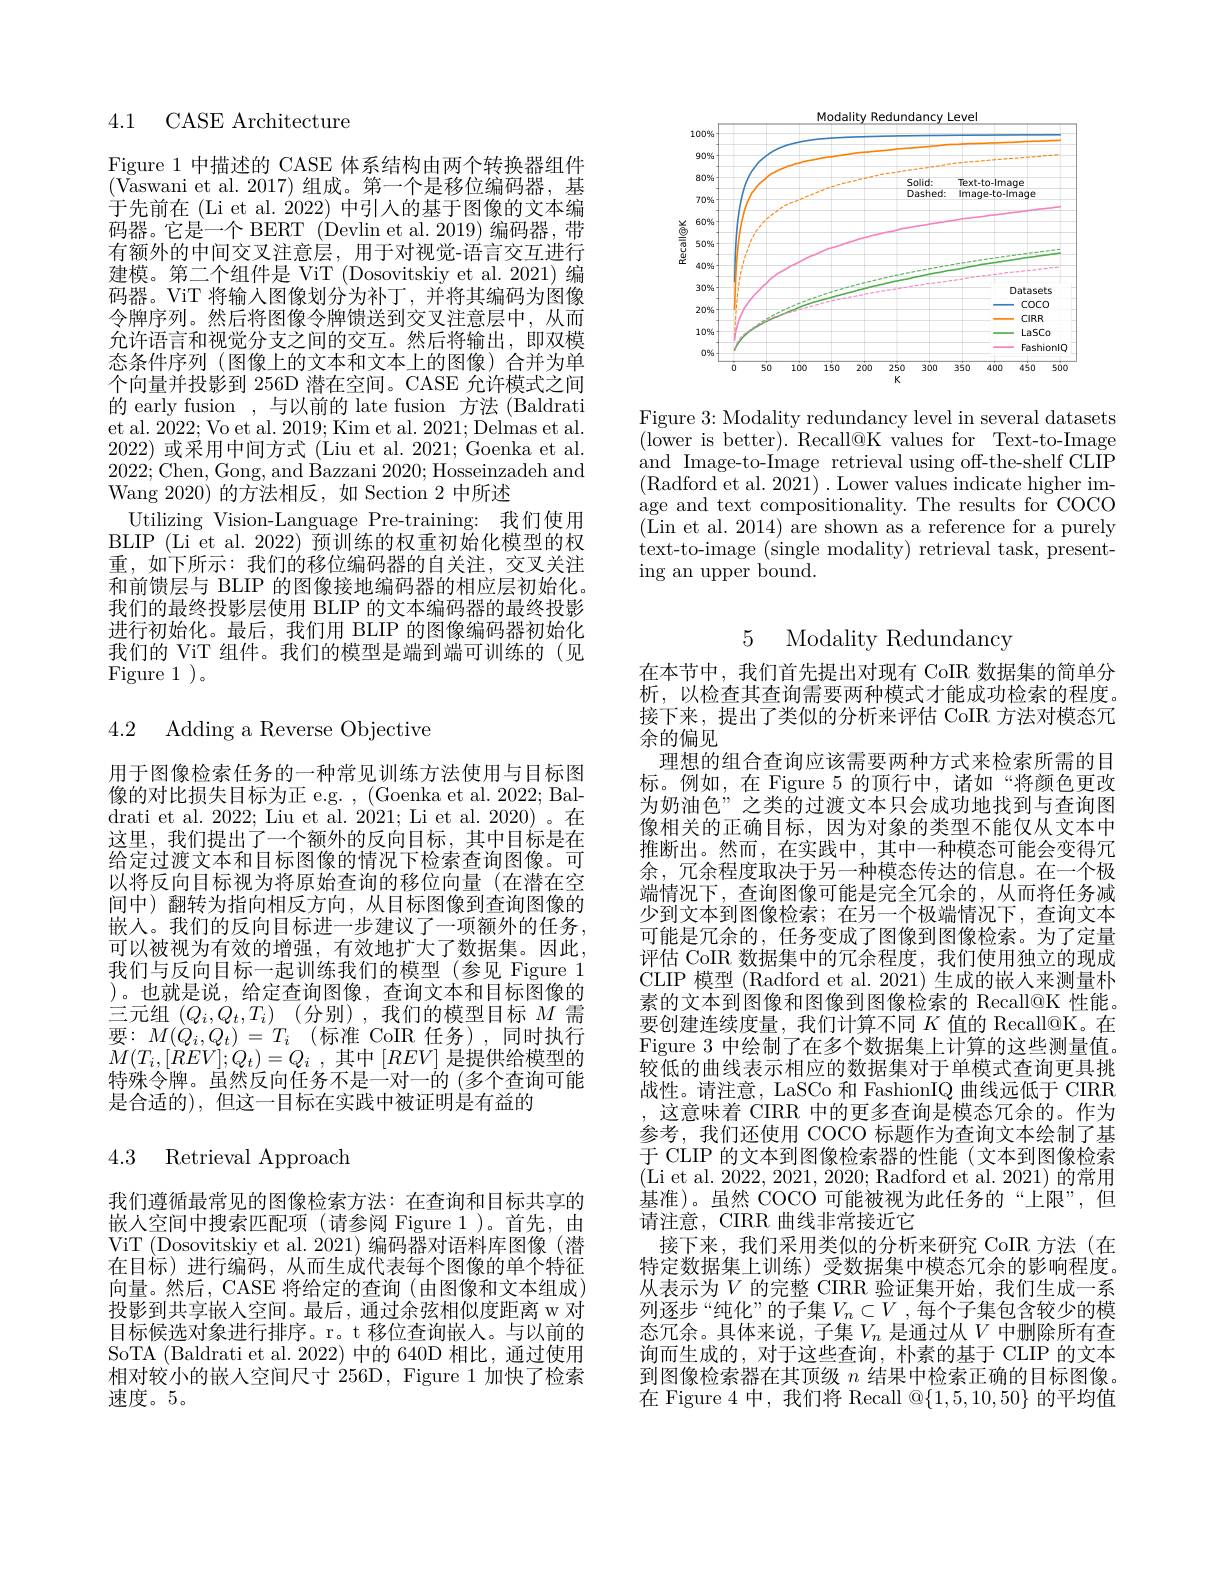
4.1 CASE Architecture

Figure 1 中描述的 CASE 体系结构由两个转换器组件(Vaswani et al. 2017) 组成。第一个是移位编码器，基于先前在 (Li et al. 2022) 中引入的基于图像的文本编码器。它是一个 BERT (Devlin et al. 2019) 编码器，带有额外的中间交叉注意层，用于对视觉-语言交互进行建模。第二个组件是 ViT (Dosovitskiy et al.2021)编码器。ViT 将输入图像划分为补丁，并将其编码为图像令牌序列。然后将图像令牌馈送到交叉注意层中，从而允许语言和视觉分支之间的交互。然后将输出，即双模态条件序列 (图像上的文本和文本上的图像)合并为单个向量并投影到 256D 潜在空间。CASE 允许模式之间的 early fusion ,与以前的 late fusion 方法 (Baldrati et al. 2022; Vo et al. 2019; Kim et al. 2021; Delmas et al. 2022)或采用中间方式 (Liu et al. 2021; Goenka et al. 2022;Chen, Gong, and Bazzani 2020;Hosseinzadeh and Wang 2020) 的方法相反，如 Section 2 中所述
Utilizing Vision-Language Pre-training: 我们使用BLIP (Li et al. 2022) 预训练的权重初始化模型的权重，如下所示：我们的移位编码器的自关注，交叉关注和前馈层与 BLIP 的图像接地编码器的相应层初始化。我们的最终投影层使用 BLIP 的文本编码器的最终投影进行初始化。最后，我们用 BLIP 的图像编码器初始化我们的 ViT 组件。我们的模型是端到端可训练的(见Figure 1 )。

# 4.2 Adding a Reverse Objective

用于图像检索任务的一种常见训练方法使用与目标图像的对比损失目标为正 e.g. , (Goenka et al. 2022; Baldrati et al. 2022; Liu et al. 2021; Li et al. 2020)。在这里，我们提出了一个额外的反向目标，其中目标是在给定过渡文本和目标图像的情况下检索查询图像。可以将反向目标视为将原始查询的移位向量 (在潜在空间中)翻转为指向相反方向，从目标图像到查询图像的嵌入。我们的反向目标进一步建议了一项额外的任务， 可以被视为有效的增强，有效地扩大了数据集。因此， 我们与反向目标一起训练我们的模型(参见 Figure 1 )。也就是说，给定查询图像，查询文本和目标图像的三元组$( Q_i, Q_t, T_i)$ (分别),我们的模型目标$M$需$\begin{array}{l}{\text{要：}M(Q_{i},Q_{t})=T_{i}}&{(\text{标准 CoIR 任务),同时执行}}\\{M(T_{i},[REV];Q_{t})=Q_{i}~,~\text{其中}~[REV]~\text{是提供给模型的}}\end{array}$ 特殊令牌。虽然反向任务不是一对一的 (多个查询可能是合适的), 但这一目标在实践中被证明是有益的

4.3 Retrieval Approach

我们遵循最常见的图像检索方法：在查询和目标共享的嵌人空间中搜索匹配项(请参阅 Figure 1)。首先，由ViT (Dosovitskiy et al. 2021) 编码器对语料库图像(潜在目标)进行编码，从而生成代表每个图像的单个特征向量。然后，CASE 将给定的查询 (由图像和文本组成) 投影到共享嵌人空间。最后，通过余弦相似度距离 w 对目标候选对象进行排序。r。t 移位查询嵌入。与以前的SoTA (Baldrati et al. 2022) 中的 640D 相比，通过使用相对较小的嵌人空间尺寸256D，Figure 1 加快了检索速度。5。

<FigureHere>

Figure 3: Modality redundancy level in several datasets $(\bar{\mathrm{lower~is~better).~Recall@K~values~for~Text-to-Image}}$ and Image-to-Image retrieval using off-the-shelf CLIP (Radford et al. 2021). Lower values indicate higher image and text compositionality. The results for COCO (Lin et al. 2014) are shown as a reference for a purely text-to-image (single modality) retrieval task, presenting an upper bound.

5 Modality Redundancy

在本节中，我们首先提出对现有 CoIR 数据集的简单分析，以检查其查询需要两种模式才能成功检索的程度。接下来，提出了类似的分析来评估 CoIR 方法对模态冗余的偏见
理想的组合查询应该需要两种方式来检索所需的目标。例如，在 Figure 5 的顶行中，诸如“将颜色更改为奶油色”之类的过渡文本只会成功地找到与查询图像相关的正确目标，因为对象的类型不能仅从文本中推断出。然而，在实践中，其中一种模态可能会变得冗余，冗余程度取决于另一种模态传达的信息。在一个极端情况下，查询图像可能是完全冗余的，从而将任务减少到文本到图像检索；在另一个极端情况下，查询文本可能是冗余的，任务变成了图像到图像检索。为了定量评估 CoIR 数据集中的冗余程度，我们使用独立的现成CLIP 模型 (Radford et al. 2021) 生成的嵌人来测量朴素的文本到图像和图像到图像检索的 Recall@K 性能。要创建连续度量，我们计算不同$K$值的 Recall@K。在Figure 3 中绘制了在多个数据集上计算的这些测量值。较低的曲线表示相应的数据集对于单模式查询更具挑战性。请注意，LaSCo 和 FashionIQ 曲线远低于 CIRR 这意味着 CIRR 中的更多查询是模态冗余的。作为参考，我们还使用 COCO 标题作为查询文本绘制了基于 CLIP 的文本到图像检索器的性能(文本到图像检索(Li et al. 2022, 2021, 2020; Radford et al. 2021) 的常用基准)。虽然 COCO 可能被视为此任务的“上限”,但请注意，CIRR 曲线非常接近它
接下来，我们采用类似的分析来研究 CoIR 方法(在特定数据集上训练)受数据集中模态冗余的影响程度。从表示为$V$ 的完整 CIRR 验证集开始，我们生成一系列逐步“纯化”的子集$V_n\subset V$,每个子集包含较少的模态冗余。具体来说，子集$V_n$ 是通过从$V$ 中删除所有查询而生成的，对于这些查询，朴素的基于 CLIP 的文本到图像检索器在其顶级$n$结果中检索正确的目标图像。在 Figure 4 中，我们将 Recall @$\{1,5,10,50\}$的平均值